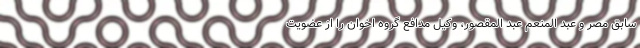
سابق مصر و عبد المنعم عبد المقصور، وکیل مدافع گروه اخوان را از عضویت